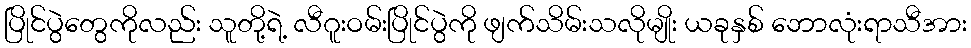
ပြိုင်ပွဲတွေကိုလည်း သူတို့ရဲ့ လီဂူးဝမ်းပြိုင်ပွဲကို ဖျက်သိမ်းသလိုမျိုး ယခုနှစ် ဘောလုံးရာသီအား